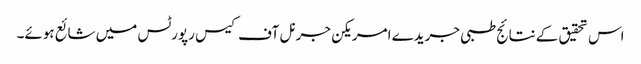
اس تحقیق کے نتائج طبی جریدے امریکن جرنل آف کیس رپورٹس میں شائع ہوئے۔